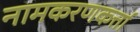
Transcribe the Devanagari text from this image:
नामकरणकर्त्ता